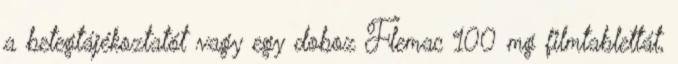
a betegtájékoztatót vagy egy doboz Flemac 100 mg filmtablettát,